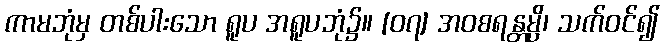
ကာမဘုံမှ တစ်ပါးသော ရူပ အရူပဘုံ၌။ [၀၇] အဝစရန္တမ္ပိ၊ သက်ဝင်၍